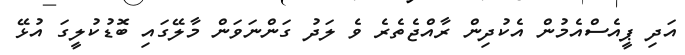
އަދި ޕީއެސްއެމުން އެކުދިން ރާއްޖެތެރެ ވެ ލަދު ގަންނަވަން މާލޭގައި ބޮޑުކުލީގަ އުޅޭ